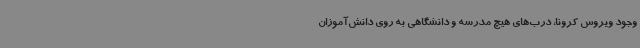
وجود ویروس کرونا، درب‌های هیچ مدرسه و دانشگاهی به روی دانش‌آموزان